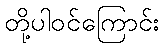
တို့ပါဝင်ကြောင်း